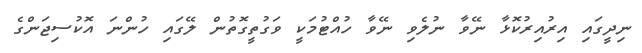
ނިދީގައި އިރުއިރުކޮޅާ ނޭވާ ނުލެވި ނޭވާ ހުއްޓުމަކީ ވަގުތީގޮތުން ލޭގައި ހުންނަ އޮކުސިޖަންގެ